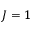
J = 1